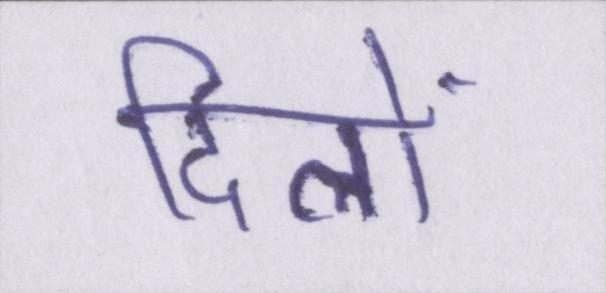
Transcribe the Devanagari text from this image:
दिलों